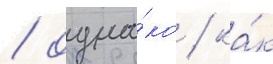
/ одна́ко / ка́к